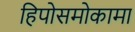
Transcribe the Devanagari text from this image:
हिपोसमोकामा